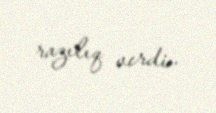
razılıq verdi..